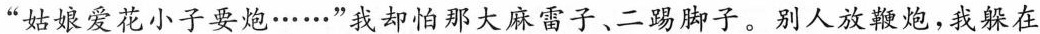
”姑娘爱花小子要炮……”我却怕那大麻雷子、二踢脚子。别人放鞭炮，我躲在